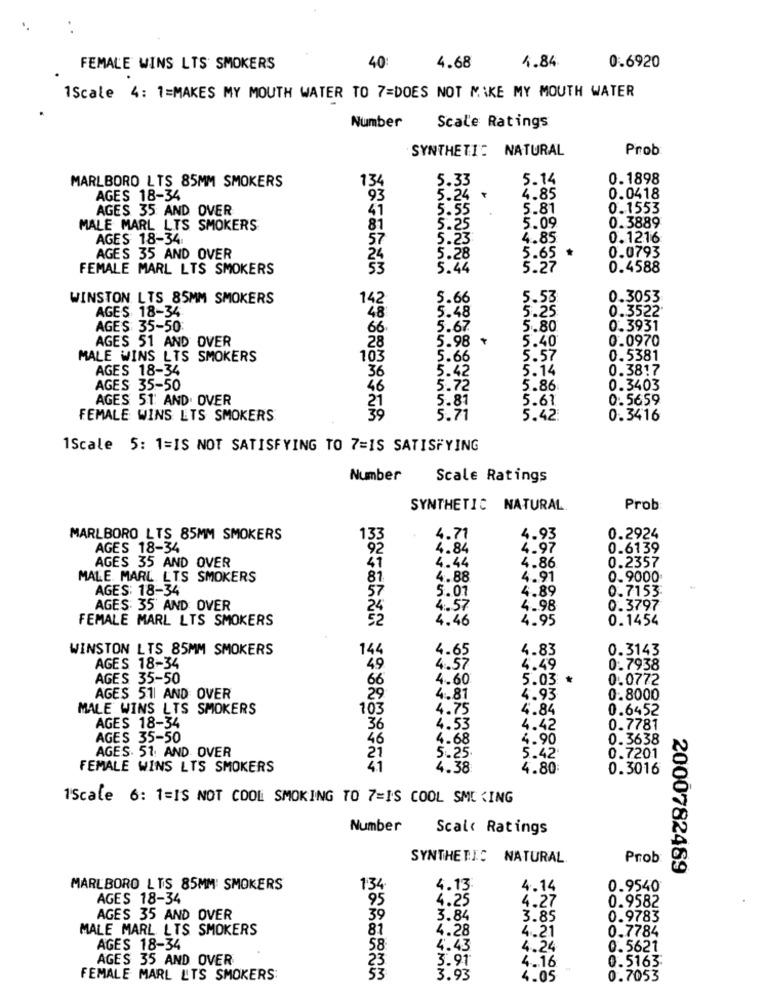
4.84
FEMALE WINS LTS SMOKERS
40:
4.68
0.6920
1Scale 4: 1=MAKES MY MOUTH WATER TO 7=DOES NOT MAKE MY MOUTH WATER
Number
Scale Ratings
SYNTHETIC NATURAL
Prob
MARLBORO LTS 85MM SMOKERS
5.33
5.14
0.1898
134
AGES 18-34
93
5.24 ৳
4.85
0.0418
AGES 35 AND OVER
41
5.55
5.81
0.1553
0.3889
MALE MARL LTS SMOKERS
81
5.25
5.09
AGES 18-34
5.23
4.85
0.1216
57
5.28
0.0793
AGES 35 AND OVER
24
5.65
FEMALE MARL LTS SMOKERS
53
5.44
5.27
0.4588
WINSTON LTS 85MM SMOKERS
5.66
5.53
0.3053
AGES 18-34
142
5.25
0.3522'
48
.48
AGES 35-50
66
5.67
5.80
0.3931
AGES 51 AND OVER
5.98
5.40
0.0970
28
MALE WINS LTS SMOKERS
103
5.66
5.57
0.5381
AGES 18-34
5.14
0.3817
36
5.42
AGES 35-50
46
5.72
5.86:
0.3403
AGES 51: AND. OVER
21
5.61
0.5659
5.81
FEMALE WINS ETS SMOKERS
39
5.ži
5.42
0.3416
1Scale 5: 1=IS NOT SATISFYING TO 7=IS SATISFYING
Number
Scale Ratings
SYNTHETIC NATURAL
Prob
MARLBORO LTS 85MM SMOKERS
133
4.71
4.93
0.2924
AGES 18-34
92
4.84
4.97
0.6139
47
4.44
AGES 35 AND OVER
4.86
0.2357
MALE. MARL LTS SMOKERS
81
4.88
4.91
0.9000
AGES: 18-34
5.01
4.89
0.7153
57
AGES: 35 AND OVER
4.57
4.98
0.3797
FEMALE MARL LTS SMOKERS
4.46
4.95
0.1454
WINSTON LTS 85MM SMOKERS
144
4.83
0.3143
AGES 18-34
49
4.57
4.49
0.7938
AGES 35-50
66
4.60
5.03 *
0.0772
AGES 511 AND OVER
29
4.81
4.93
0.8000
MALE WINS LTS SMOKERS
103
4.75
4.84
0.6452
AGES 18-34
36
4.53
4.42
0.7781
AGES 35-50
46
4.68
4.90
0.3638
AGES. 51: AND OVER
5.25
5.42
21
0.7201
FEMALE WINS LTS SMOKERS
41
4.38
4.80
0.3016
1Scale 6: 1=IS NOT COOL SMOKING TO 7=IS COOL SME <ING
Number
Scal‹ Ratings
SYNTHETIC NATURAL
Prob
2000782469
MARLBORO LTS 85MM SMOKERS
1:34
4.13
4.14
0.9540
AGES 18-34
95
4.25
4.27
0.9582
AGES 35 AND OVER
39
3.84
3.85
0.9783
MALE MARL LTS SMOKERS
81
4.28
4.21
0.7784
AGES 18-34
58
4.43
4.24
0.5621
AGES 35 AND OVER
23
3.91
0.5163
4.16
FEMALE MARL LTS SMOKERS:
3.93
MYJMM
4.05
0.7053